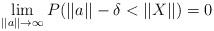
LaTeX: \begin{align*} \lim_{||a||\to\infty} P(||a||-\delta < ||X||)=0\end{align*}